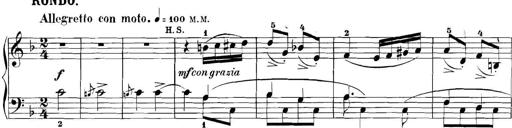
Title: 3 Sonatinas
Composer: Carl Reinecke